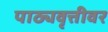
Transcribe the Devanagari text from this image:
पाठ्यवृत्तीवर